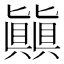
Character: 㒹